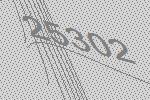
25302